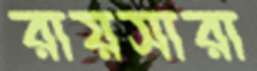
রায়সারা